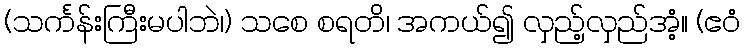
(သင်္ကန်းကြီးမပါဘဲ၊) သစေ စရတိ၊ အကယ်၍ လှည့်လှည်အံ့။ (ဧဝံ